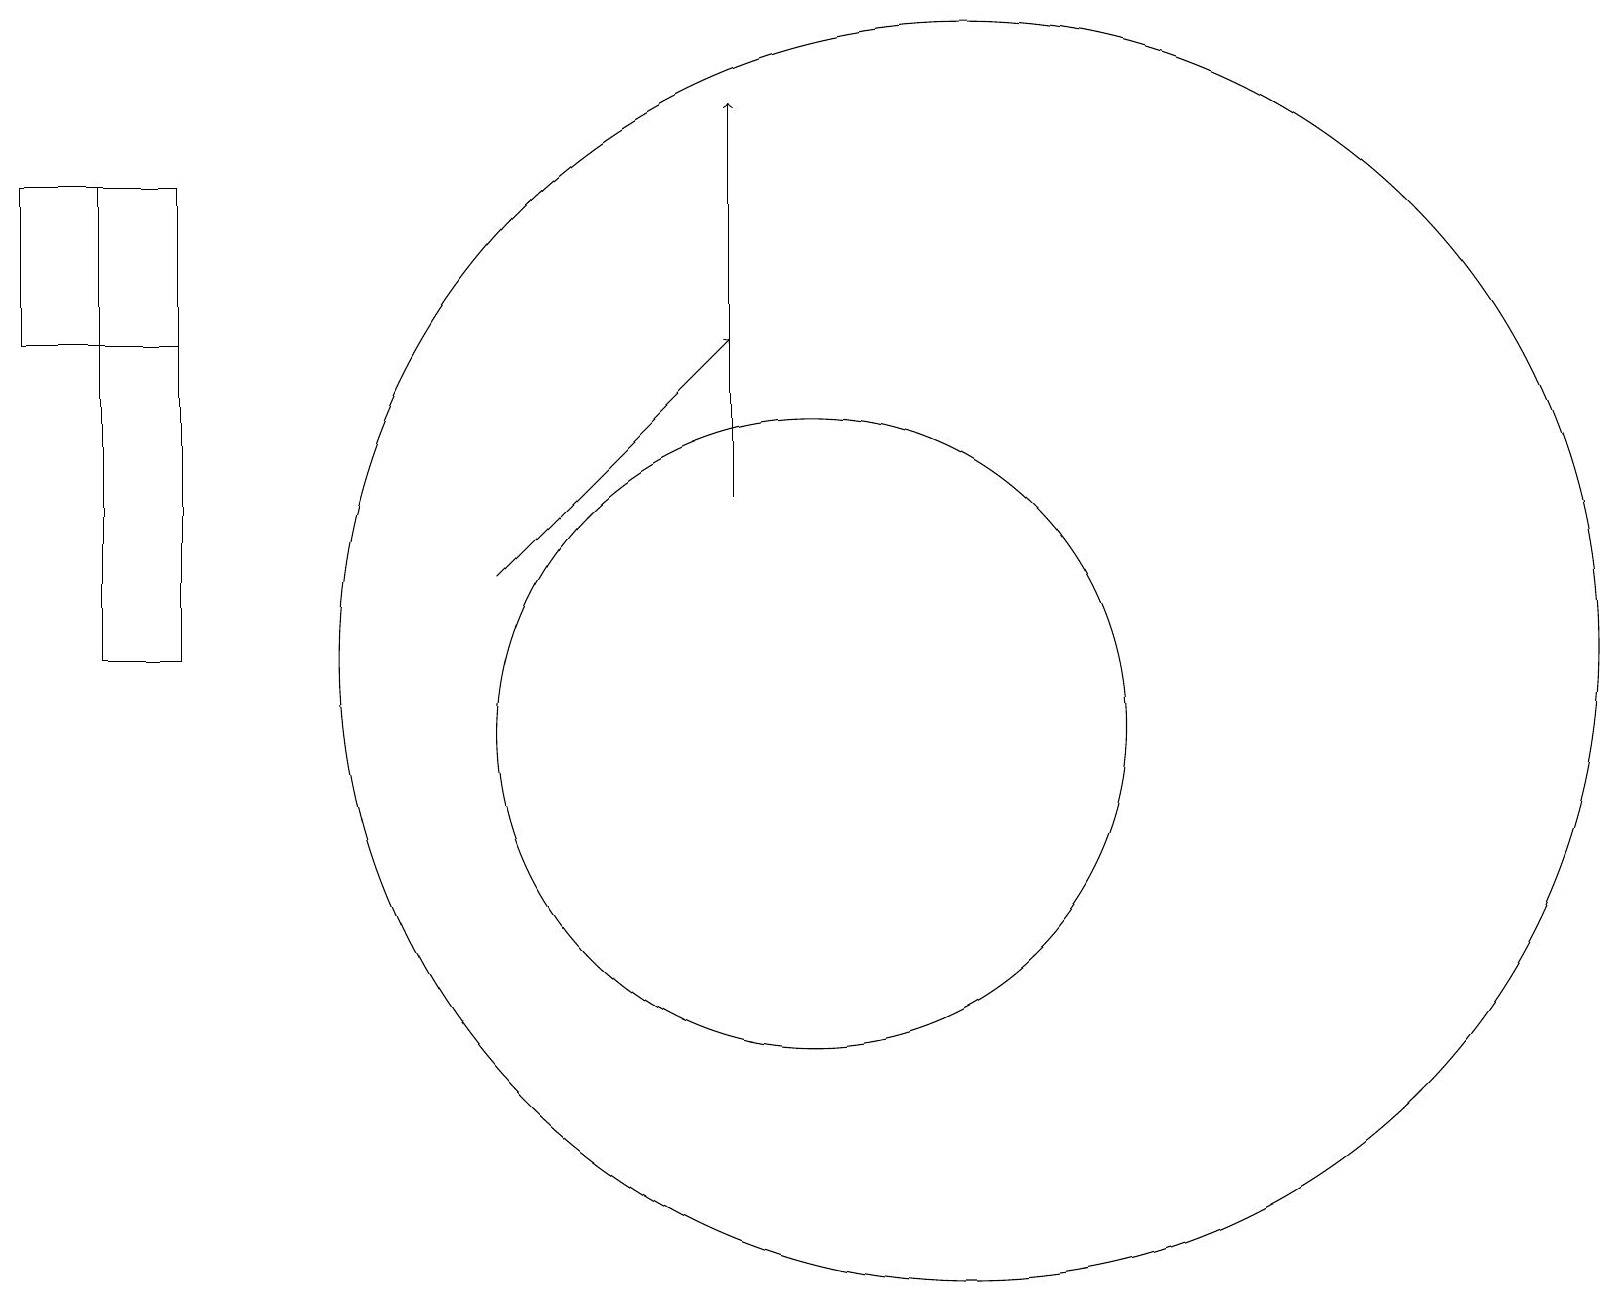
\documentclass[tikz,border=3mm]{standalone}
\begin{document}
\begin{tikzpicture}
\draw (1,17) rectangle (2,11);
\draw[->] (6,12) -- (9,15);
\draw (12,11) circle (8);
\draw (0,17) rectangle (2,15);
\draw[->] (9,13) -- (9,18);
\draw (10,10) circle (4);
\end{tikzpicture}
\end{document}